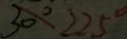
3 0 ^ { \circ } . 2 2 5 ^ { \circ }